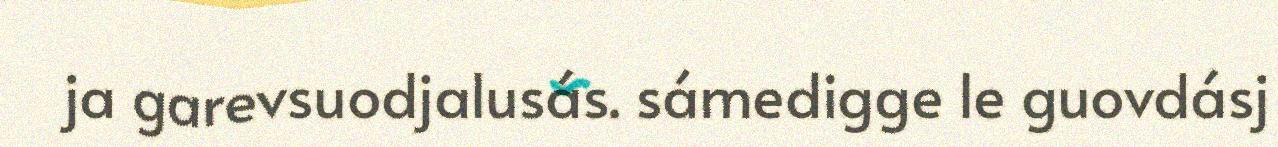
ja garevsuodjalusás. sámedigge le guovdásj